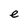
Character: e